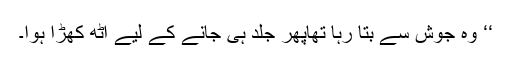
‘‘ وہ جوش سے بتا رہا تھاپھر جلد ہی جانے کے لیے اٹھ کھڑا ہوا۔